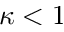
\kappa < 1